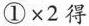
$$① \times 2$$得